King Institute of Preventive Medicine Bacteriolog. Section reports 1907-08
Year: 1907
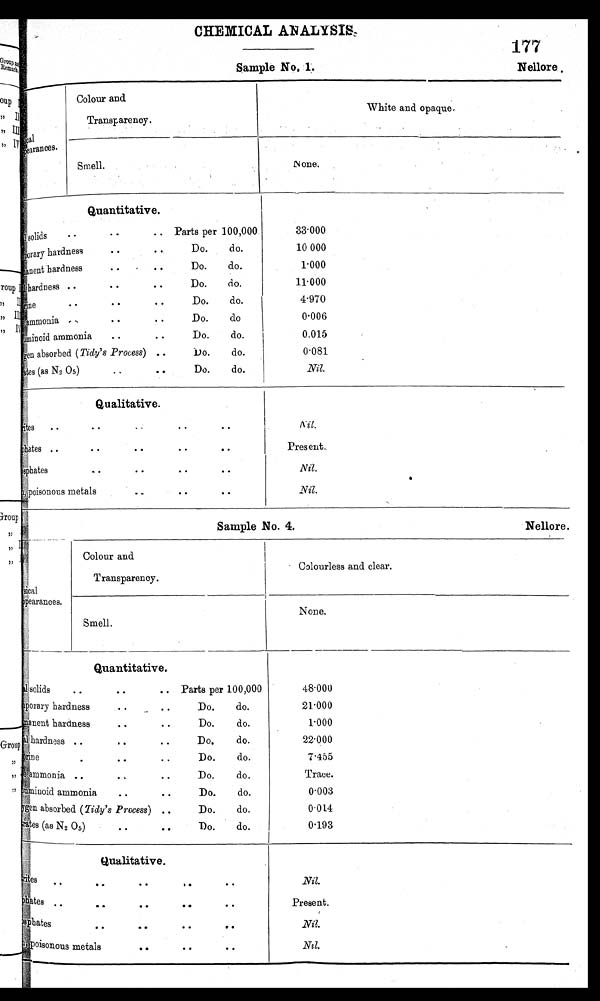
C H E M I C A L A N A L Y S I S .
177
Sample No. 1.
Nellore.
cal
Apearances.
Colour and.
Transparency.
White and opaque.
.
None.
Smell.
Quantitative.
solids
• •
•• ••
Parts per 100,000
Temporary hardness •• •• Do. do.
permanent hardness ••
••
Do. do.
hardness ..
• •
••
Do.
do.
Urine •• •• •• Do. do.
Ammo n i a •• •• •• Do. do.
Aluminoid ammonia •• •• Do. do.
Oxygen absorbed (Tidy's Process) .. Do. do.
tes (as N2 05)
. .
..
Do.
do.
33.000
1 0 . 0 0 0
1.000
11.000
4.970
0.006
0015
0.081
Nil.
Qualitative.
ites •• ••
••
••
hates ..
• •
• •
• •
••
sphates
•• • • • • • •
poisonous metals
••.
••
••
Nil.
Present.
.
Nil.
Nil.
Sample No. 4.
Nellore.
Real
apearances.
Colour and
Transparency.
Colourless and clear.
Smell.
None.
Quantitative.
solids
••
••
••
Parts per 100,000
Temporary hardness • • •• • • Do. do.
Permanent hardness • . • , Do. do.
hardness ..
..
••
Do.
do.
Urine
•• ••
••
Do. do.
• ,
ammonia —Do.
do.
• .
• •
Aluminoid ammonia.
Do.
do.
•
•
• •
Oxygen
absorbed (Tidy's Process) ..
Do.
do.
rates (as N2 05) • • • • Do. do.
_
—
48·000
21·000
1·000
22·000
7·455
Trace.
0·003
0·014
0·193
Qualitative.
tes
•• •• ••
•• ••
phates . .
.
.
• •
• •
• •
phosphate
• • • • • • • •
po isonous metals
• 0
• •
• •
Nil.
Present .
Nil.
Nil.